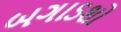
બગાડશો